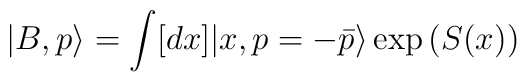
|B, p\rangle=\int [dx]|x, p=-\bar{p}\rangle \exp{\left(S(x)\right)}